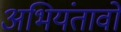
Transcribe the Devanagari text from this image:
अभियंतावों